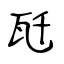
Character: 瓩